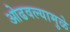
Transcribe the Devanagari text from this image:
ओढवल्यामुळे